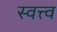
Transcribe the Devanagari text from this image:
स्वत्त्व